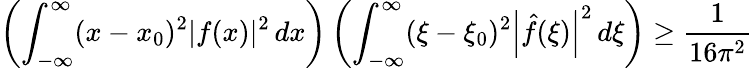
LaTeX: \left(\int_{-\infty}^{\infty}(x-x_{0})^{2}|f(x)|^{2}\, dx\right)\left(\int_{-\infty}^{\infty}(\xi-\xi_{0})^{2}\left|{\hat{f}}(\xi)\right|^{2}\, d\xi\right)\geq{\frac{1}{16\pi^{2}}}